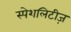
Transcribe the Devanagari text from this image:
स्पेशलिटीज़